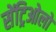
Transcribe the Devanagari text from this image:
सेंट्रिओलों